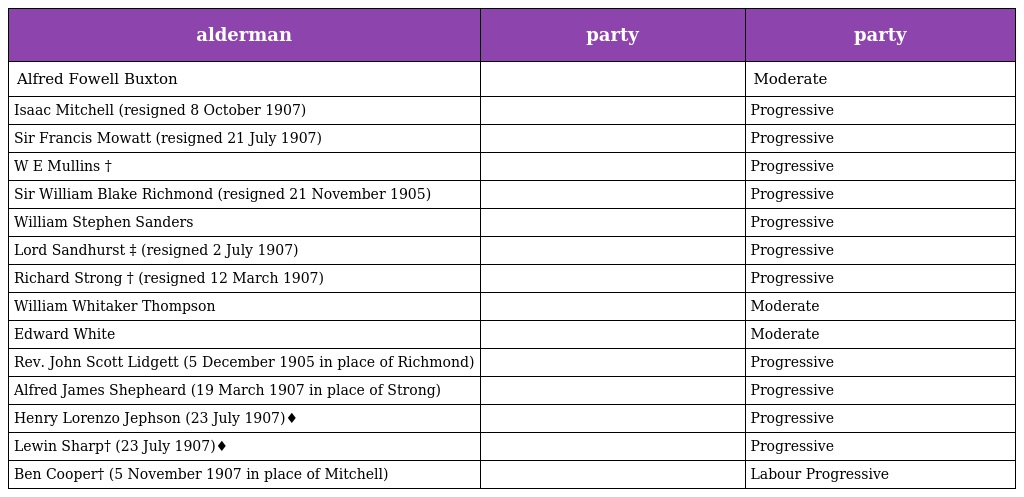
| alderman | party | party |
 | --- | --- | --- |
 | Alfred Fowell Buxton |  | Moderate |
 | Isaac Mitchell (resigned 8 October 1907) |  | Progressive |
 | Sir Francis Mowatt (resigned 21 July 1907) |  | Progressive |
 | W E Mullins † |  | Progressive |
 | Sir William Blake Richmond (resigned 21 November 1905) |  | Progressive |
 | William Stephen Sanders |  | Progressive |
 | Lord Sandhurst ‡ (resigned 2 July 1907) |  | Progressive |
 | Richard Strong † (resigned 12 March 1907) |  | Progressive |
 | William Whitaker Thompson |  | Moderate |
 | Edward White |  | Moderate |
 | Rev. John Scott Lidgett (5 December 1905 in place of Richmond) |  | Progressive |
 | Alfred James Shepheard (19 March 1907 in place of Strong) |  | Progressive |
 | Henry Lorenzo Jephson (23 July 1907)♦ |  | Progressive |
 | Lewin Sharp† (23 July 1907)♦ |  | Progressive |
 | Ben Cooper† (5 November 1907 in place of Mitchell) |  | Labour Progressive |